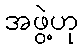
အဖွဲ့ဟု